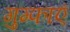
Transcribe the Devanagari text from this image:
गुम्फाएं